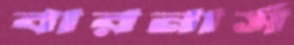
বারনার্স